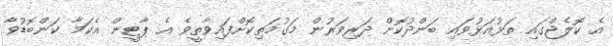
އެ ކޮލެޖްގައި ތަޅުއަޅުވައި ބަންދުކޮށް ދަރިވަރުން މަގުމަތިކޮށްފައިވާތީވެ އެ ޕާޓީން އެކަމާ ކަންބޮޑުވާ